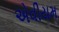
એવીયમ